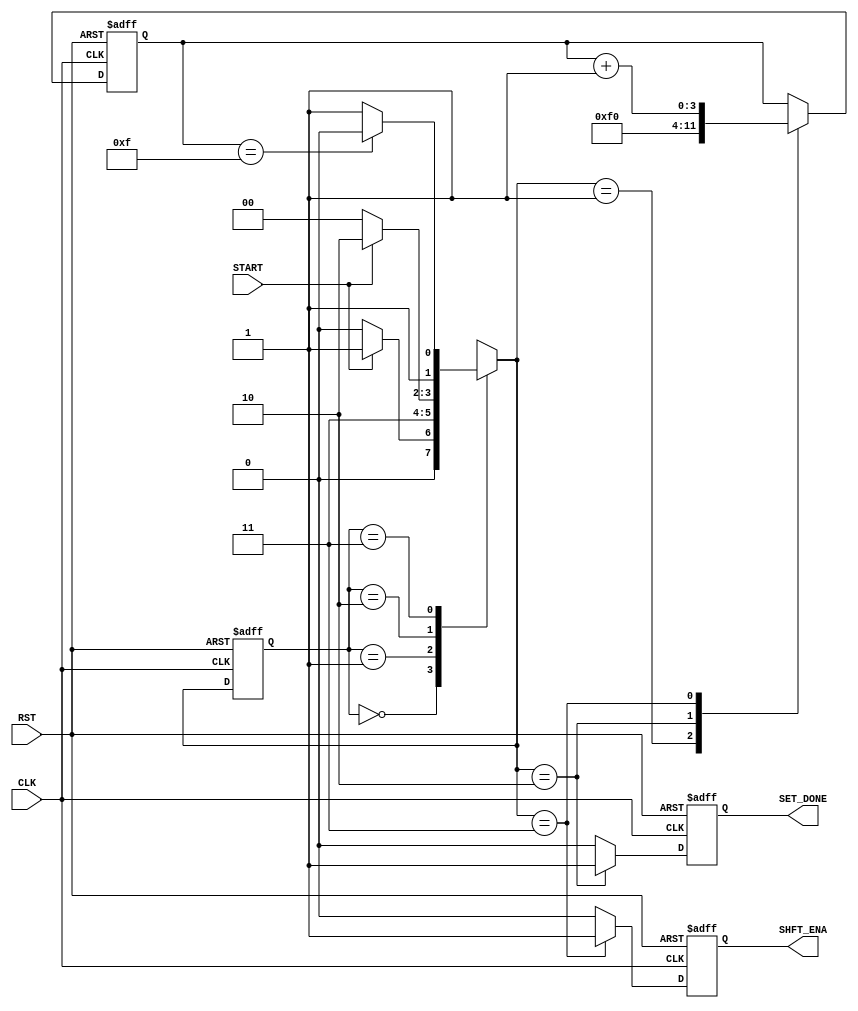

// Created by fizzim_tmr.pl version $Revision: 4.44 on 2014:12:12 at 12:15:07 (www.fizzim.com)

module comp_thresh_load_FSM (
  output reg SET_DONE,
  output reg SHFT_ENA,
//  output reg [1:0] state,
//  output reg [3:0] scnt,
  input CLK,
  input RST,
  input START 
);

  // state bits
  parameter 
  Idle     = 2'b00, 
  Pload    = 2'b01, 
  Set_Done = 2'b10, 
  Shift    = 2'b11; 

  reg [1:0] state;


  reg [1:0] nextstate;


  reg [3:0] scnt;

  // comb always block
  always @* begin
    nextstate = 2'bxx; // default to x because default_state_is_x is set
    case (state)
      Idle    : if (START)         nextstate = Pload;
                else               nextstate = Idle;
      Pload   :                    nextstate = Shift;
      Set_Done: if (!START)        nextstate = Idle;
                else               nextstate = Set_Done;
      Shift   : if (scnt == 4'hF)  nextstate = Set_Done;
                else               nextstate = Shift;
    endcase
  end

  // Assign reg'd outputs to state bits

  // sequential always block
  always @(negedge CLK or posedge RST) begin
    if (RST)
      state <= Idle;
    else
      state <= nextstate;
  end

  // datapath sequential always block
  always @(negedge CLK or posedge RST) begin
    if (RST) begin
      SET_DONE <= 0;
      SHFT_ENA <= 0;
      scnt <= 4'h0;
    end
    else begin
      SET_DONE <= 0; // default
      SHFT_ENA <= 0; // default
      scnt <= scnt; // default
      case (nextstate)
        Pload   :        scnt <= 4'hF;
        Set_Done: begin
								 SET_DONE <= 1;
								 scnt <= 4'h0;
		  end
        Shift   : begin
                         SHFT_ENA <= 1;
                         scnt <= scnt + 1;
        end
      endcase
    end
  end

  // This code allows you to see state names in simulation
  `ifndef SYNTHESIS
  reg [63:0] statename;
  always @* begin
    case (state)
      Idle    : statename = "Idle";
      Pload   : statename = "Pload";
      Set_Done: statename = "Set_Done";
      Shift   : statename = "Shift";
      default : statename = "XXXXXXXX";
    endcase
  end
  `endif

endmodule